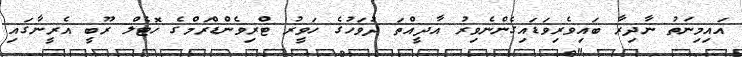
އައިމިނަތު ނާދިރާ ބައިވެރިވަޑައިގެންނެވިރު އާދީއްތަ ދުވަހުގެ ހަވީރު ޓްރިވެންޑްރަމްގެ ހޮޓެލް ރޫބީ އެރީނާގައި